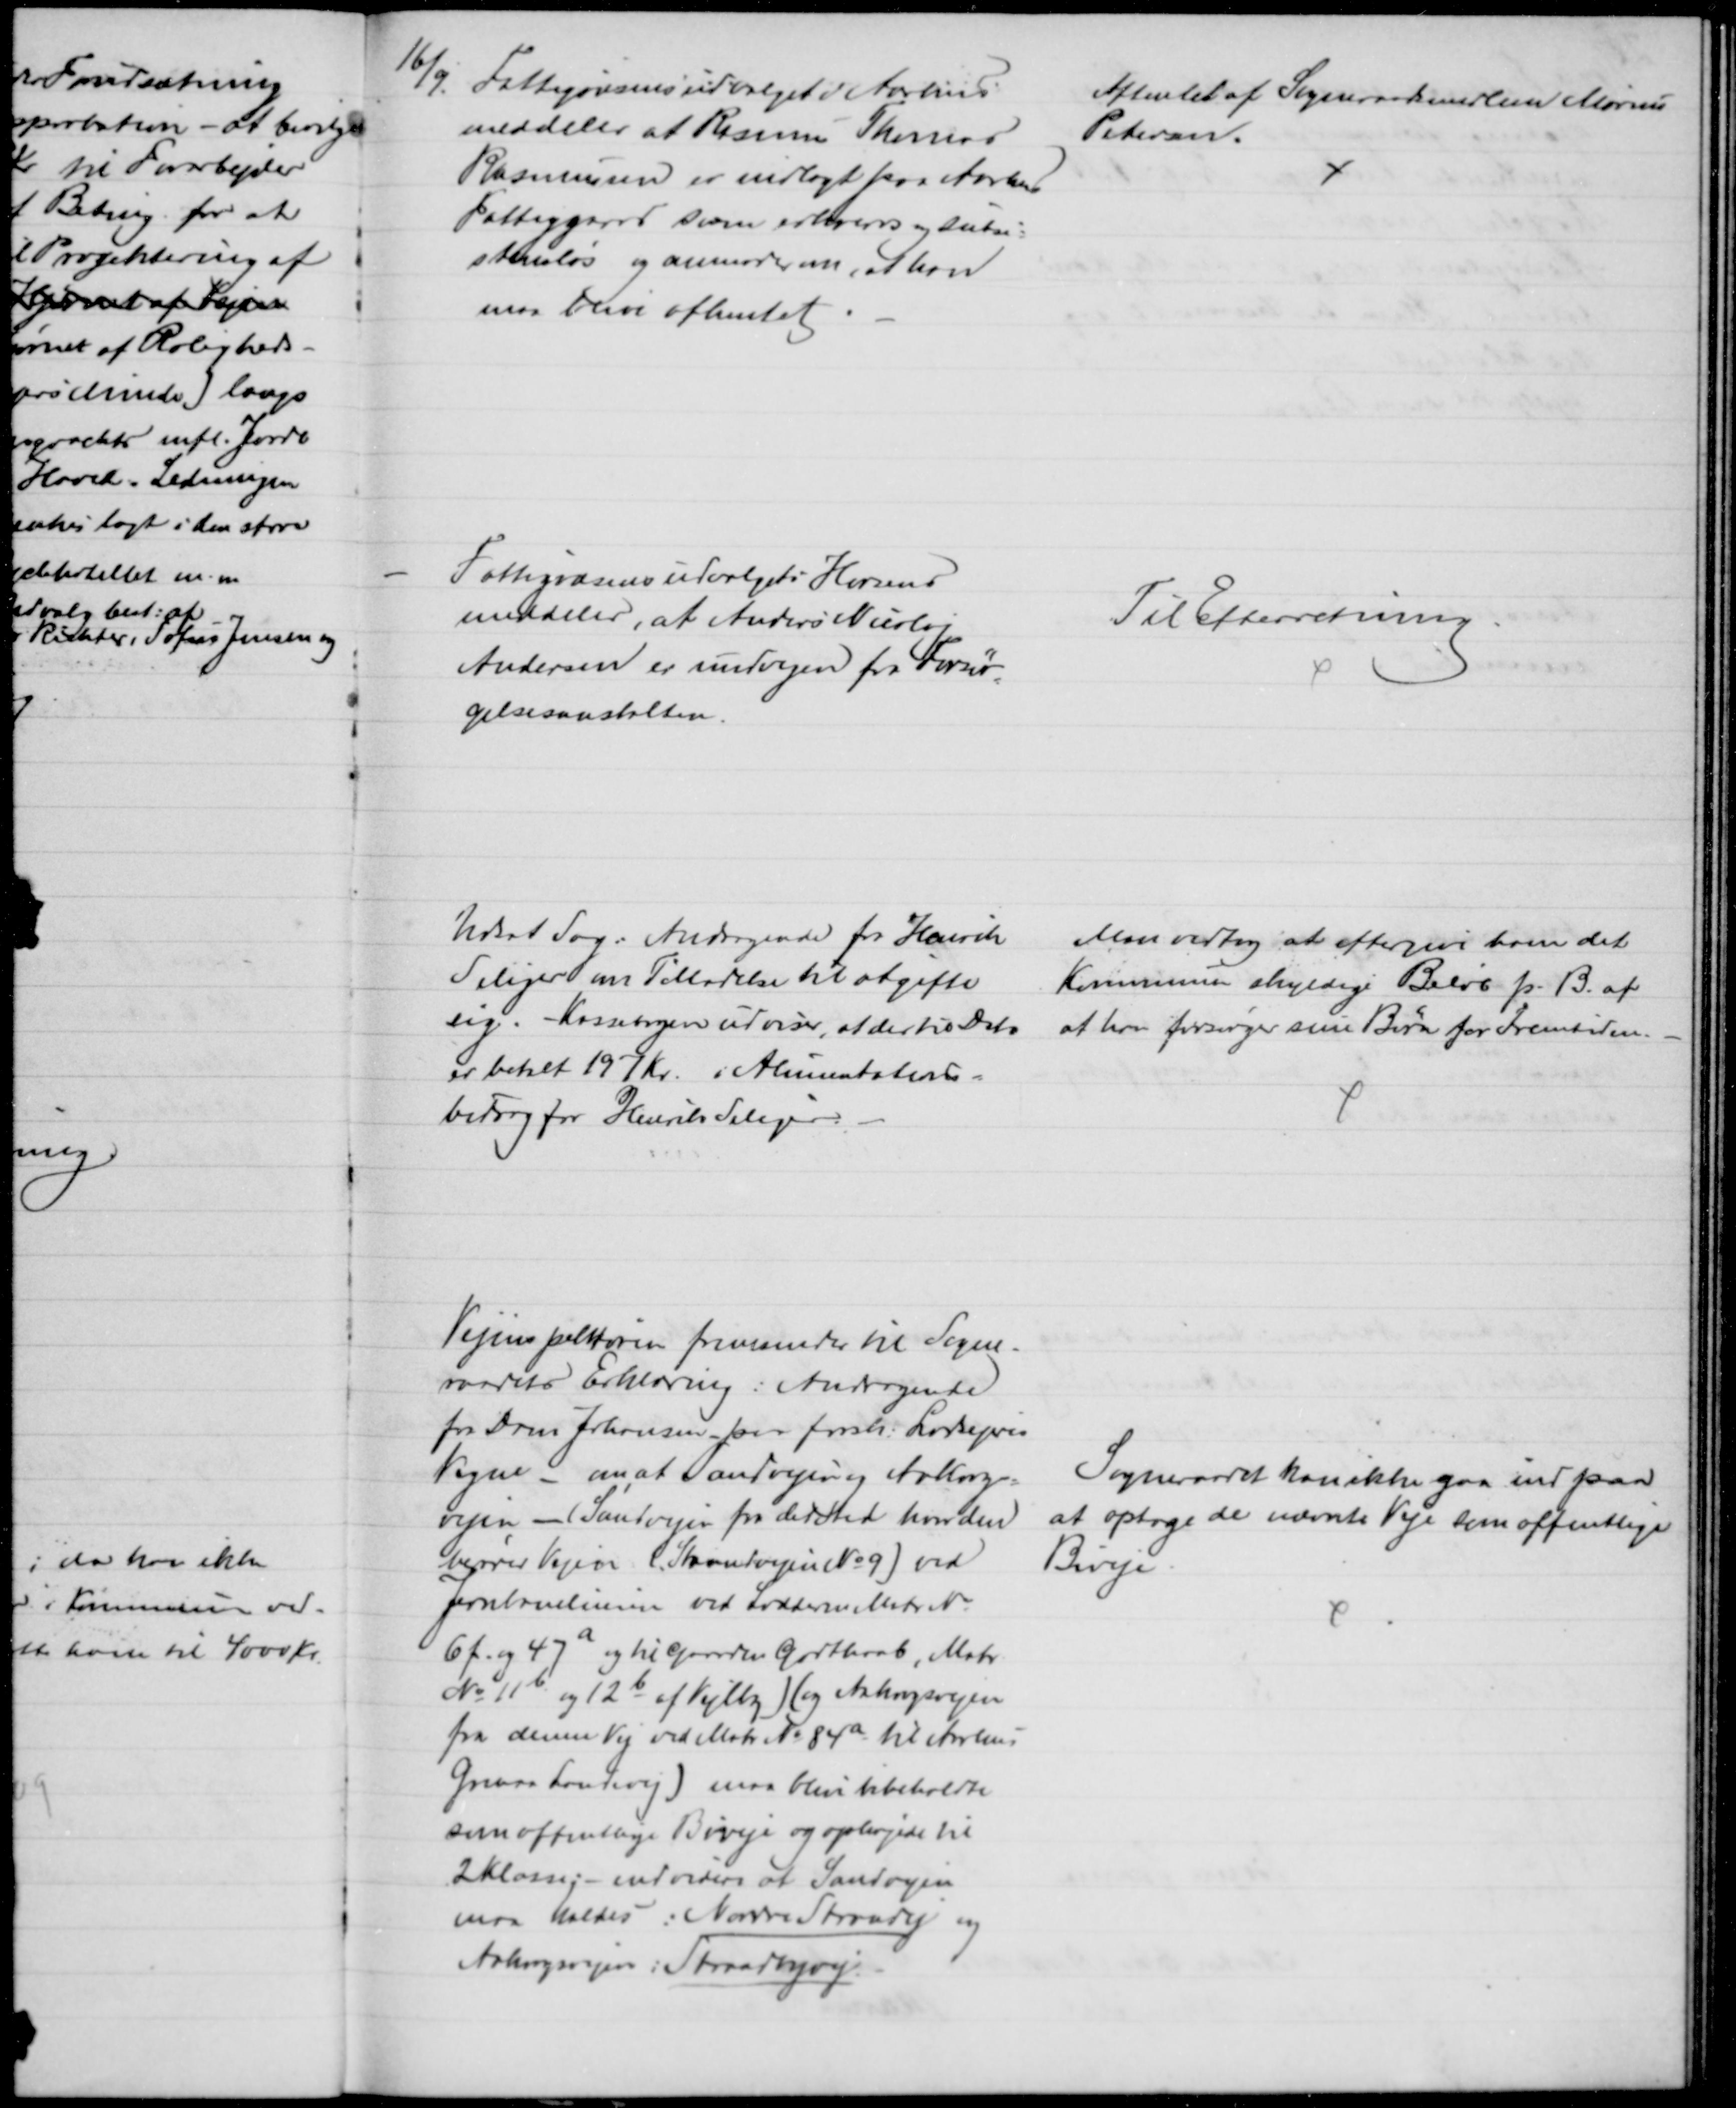
Transskription:
16/9 Fattigvæsensudvalget i Aarhus
meddeler at Rasmus Thomas
Rasmussen er indlagt paa Aarhus
Fattiggaard som erhvervs og subsi=
stensløs og anmoder om, at han
maa blive afhentet
Afhentet af Sogneraadsmedlem Marius
Petersen.
Fattigvæsensudvalget i Horsens
meddeler, at Anders Nicolaj
Andersen er undvegen fra Forsør
=
gelsesanstalten.
Til Efterretning
Udsat Sag: Andragende fra Henrik
Seliger om Tilladelse til at gifte
sig. Kassebogen udviser, at der til Dato
er betalt 197 Kr. i Alimentations=
bidrag for Henrik Seliger.
Man vedtog at eftergive ham det
Kommunen skyldige Beløb p. B. af 
at han forsørger sine Børn for Fremtiden.
Vejinspektøren fremsender til Sogne-
raadets Erklæring: Andragende
fra Dam Johansen paa forsk. Lodsejeres
Vegne - om, at Sandvejen og Aakrogs-
vejen - (Sandvejen fra det Sted hvor den
møder Vejen. (Strandvejen № 9) ved
Jernbanelinien ved Lodderne Matr №
6 f. og 47a og til Gaarden Godthaab, Matr
№ 11b og 12b af Vejlby) (og Aakrogsvejen
fra denne Vej ved Matr № 84a til Aarhus
Grenaa Landevej) maa blive bibeholdte
som offentlige Biveje og ophøjede til
2 Klasse: - endvidere at Sandvejen
maa kaldes: Nordre Strandvej og
Aakrogsvejen: Strandbyvej.
Sogneraadet kan ikke gaa ind paa
at optage de nævnte Veje som offentlige
Biveje